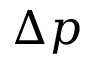
\Delta p